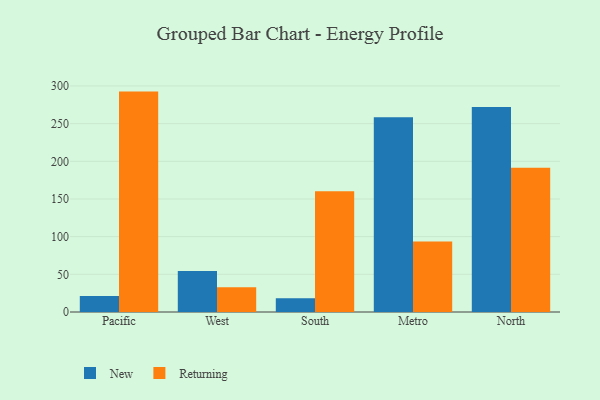
{"axis": {"x": "Region", "y": "Churn Rate (%)"}, "legend": ["New", "Returning"], "data": [{"x": "Pacific", "y": 21.3, "type": "New"}, {"x": "Pacific", "y": 292.5, "type": "Returning"}, {"x": "West", "y": 54.5, "type": "New"}, {"x": "West", "y": 32.8, "type": "Returning"}, {"x": "South", "y": 18.2, "type": "New"}, {"x": "South", "y": 160.2, "type": "Returning"}, {"x": "Metro", "y": 258.6, "type": "New"}, {"x": "Metro", "y": 93.4, "type": "Returning"}, {"x": "North", "y": 272.0, "type": "New"}, {"x": "North", "y": 191.4, "type": "Returning"}]}